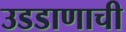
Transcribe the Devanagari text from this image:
उडडाणाची